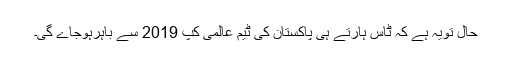
حال تویہ ہے کہ ٹاس ہارتے ہی پاکستان کی ٹیم عالمی کپ 2019 سے باہرہوجاے گی۔